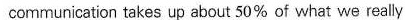
communcation taxes up adout 50% of